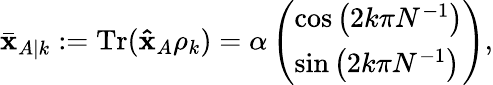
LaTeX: \bar{\mathbf{x}}_{A|k}:=\mathrm{Tr}(\mathbf{\hat{x}}_{A}\rho_{k})=\alpha\left(\begin{array}{l}{\cos\left(2k\pi N^{-1}\right)}\\ {\sin\left(2k\pi N^{-1}\right)}\end{array}\right),